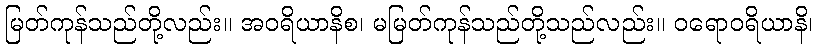
မြတ်ကုန်သည်တို့လည်း။ အဝရိယာနိစ၊ မမြတ်ကုန်သည်တို့သည်လည်း။ ဝရောဝရိယာနိ၊